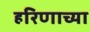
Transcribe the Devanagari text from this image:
हरिणाच्या